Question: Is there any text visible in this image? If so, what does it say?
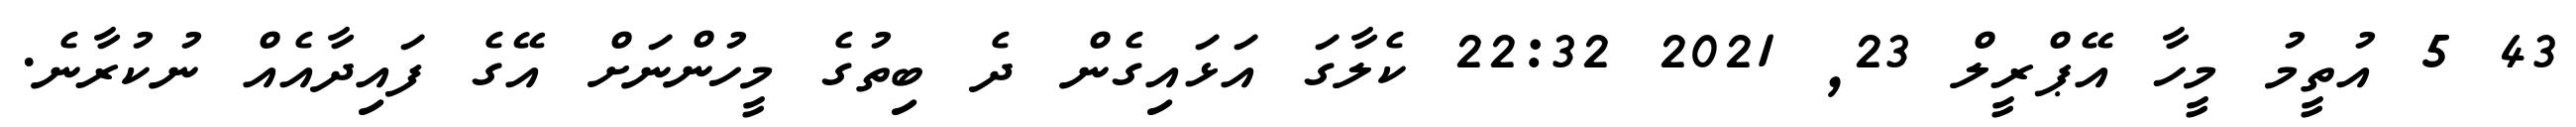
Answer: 43 5 އުތީމު މީހާ އޭޕްރީލް 23, 2021 22:32 ކެލާގަ އަޅައިގެން ދެ ބިތުގެ މީހުންނަށް އޭގެ ފައިދާއެއް ނުކުރާނެ.